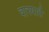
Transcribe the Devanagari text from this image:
वारयातै